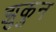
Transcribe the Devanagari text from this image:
झुकुन